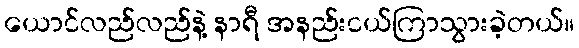
ယောင်လည်လည်နဲ့ နာရီ အနည်းငယ်ကြာသွားခဲ့တယ်။